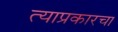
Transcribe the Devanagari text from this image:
त्याप्रकारचा